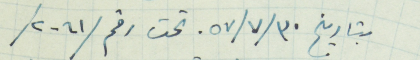
بتاريخ ٣٠ /٧/ ٥٧ تحت رقم /٢٠٦١/